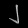
Digit: ၂